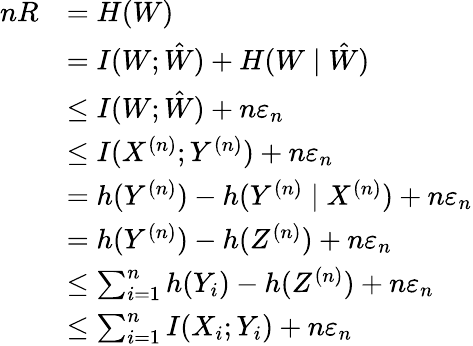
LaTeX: {\begin{array}{rl}{nR}&{=H(W)}\\ &{=I(W;{\hat{W}})+H(W\mid{\hat{W}})}\\ &{\leq I(W;{\hat{W}})+n\varepsilon_{n}}\\ &{\leq I(X^{(n)};Y^{(n)})+n\varepsilon_{n}}\\ &{=h(Y^{(n)})-h(Y^{(n)}\mid X^{(n)})+n\varepsilon_{n}}\\ &{=h(Y^{(n)})-h(Z^{(n)})+n\varepsilon_{n}}\\ &{\leq\sum_{i=1}^{n}h(Y_{i})-h(Z^{(n)})+n\varepsilon_{n}}\\ &{\leq\sum_{i=1}^{n}I(X_{i};Y_{i})+n\varepsilon_{n}}\end{array}}